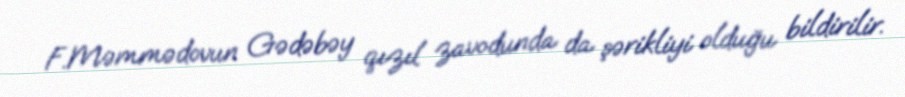
F.Məmmədovun Gədəbəy qızıl zavodunda da şərikliyi olduğu bildirilir.